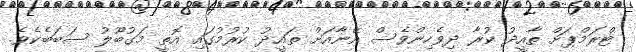
ޓްރަމްޕަށް ތާއީދު ކުރާ ދިވެހިންވެސް އޭނާއަށް ތައީދު ކުރުމުގައި އޮތީ މަގުބޫލު ސަބަބެކެވެ.